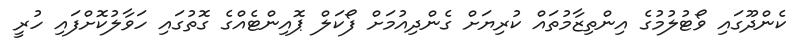
ކެންދޫގައި ވޯޓުލުމުގެ އިންތިޒާމުތައް ކުރިޔަށް ގެންދިއުމަށް ފޯކަލް ޕޮއިންޓެއްގެ ގޮތުގައި ހަވާލުކޮށްފައި ހުރީ